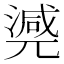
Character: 𣾃